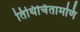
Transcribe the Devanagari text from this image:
तिथिचिंतामणि